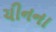
ચીનના